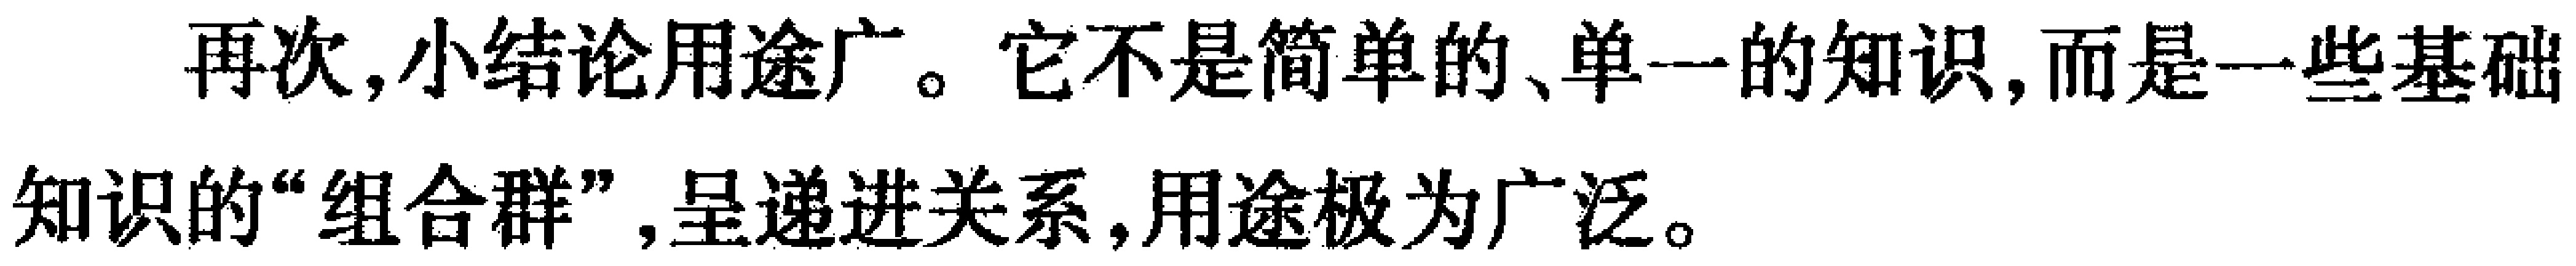
再次,小结论用途广。它不是简单的、单一的知识,而是一些基础知识的“组合群”,呈递进关系,用途极为广泛。